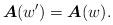
LaTeX: \begin{align*}\boldsymbol{A}(w')=\boldsymbol{A}(w).\end{align*}